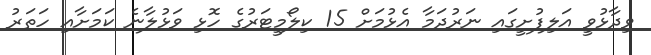
ވިދާޅުވިީ އަލިފުށީގައި ނަރުދަމާ އެޅުމަށް 15 ކިލޯމީޓަރުގެ ހޮޅި ވަޅުލާނެ ކަމަށާއި ހަތަރު